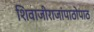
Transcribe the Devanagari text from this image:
शिवाजीराजांपाठोपाठ